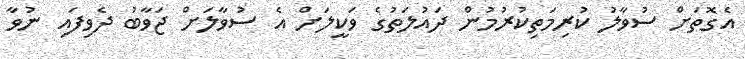
އެގޮތަށް ސުވާލު ކުރިމަތިކުރުމުން ދައުލަތުގެ ވަކީލަށް އެ ސުވާލަށް ޖަވާބު ދެވިފައި ނުވާ